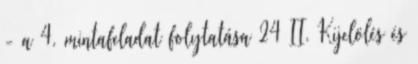
- a 4. mintafeladat folytatása 24 II. Kijelölés és